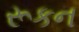
રૂકન